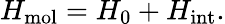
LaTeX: H_{\mathrm{mol}}=H_{0}+H_{\mathrm{int}}.